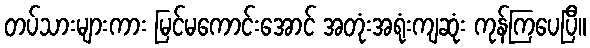
တပ်သားများကား မြင်မကောင်းအောင် အတုံးအရုံးကျဆုံး ကုန်ကြပေပြီ။